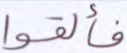
فألقوا